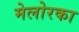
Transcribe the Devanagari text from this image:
मेलोरका